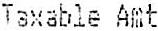
TAXABLE AMT